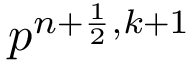
p ^ { n + \frac { 1 } { 2 } , k + 1 }